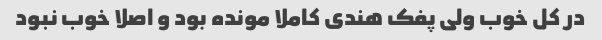
در کل خوب ولی پفک هندی کاملا مونده بود و اصلا خوب نبود